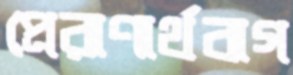
প্রেরাণার্থবাগ